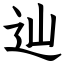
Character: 辿